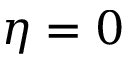
\eta = 0